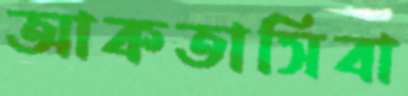
আকতাসিবা